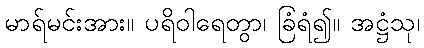
မာရ်မင်းအား။ ပရိဝါရေတွာ၊ ခြံရံ၍။ အဋ္ဌံသု၊